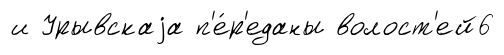
и Урывскаjа п'е́р'еданы волост'ей6